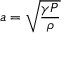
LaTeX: a = { \sqrt { \frac { \gamma P } { \rho } } }